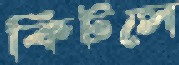
কিটসে